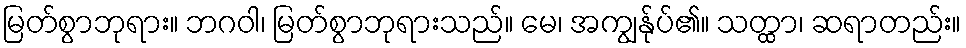
မြတ်စွာဘုရား။ ဘဂဝါ၊ မြတ်စွာဘုရားသည်။ မေ၊ အကျွန်ုပ်၏။ သတ္ထာ၊ ဆရာတည်း။